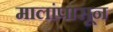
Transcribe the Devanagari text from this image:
मालांपासून